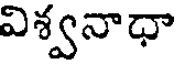
విశ్వనాధా